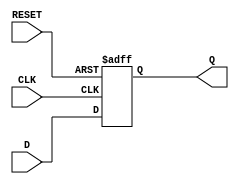
module dff (
    input wire D,
    input wire CLK,
    input wire RESET,
    output reg Q
);

always @(posedge CLK or negedge RESET)
begin
    if (RESET == 0)
        Q <= 1'b0; // initialize to predefined state
    else
        Q <= D;
end

endmodule